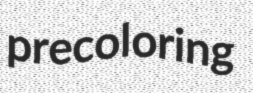
precoloring